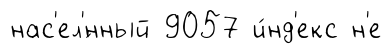
нас'ел'́нный 9057 и́нд'екс н'е